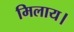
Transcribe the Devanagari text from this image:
मिलाय।